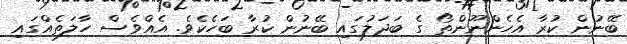
ބޭނުން ކުރާ އެހެންނޫންތޯ ގެ ބަދަލުގައި ބޭނުން ކުރާ ބަހެކެވެ. އެއްވެސް ހާލަތެއްގައި